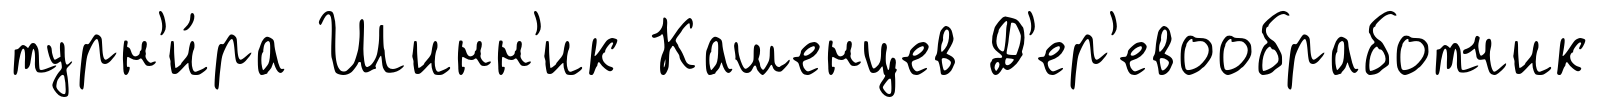
турн'и́ра Шинн'ик Кашенцев Д'ер'евообработчик